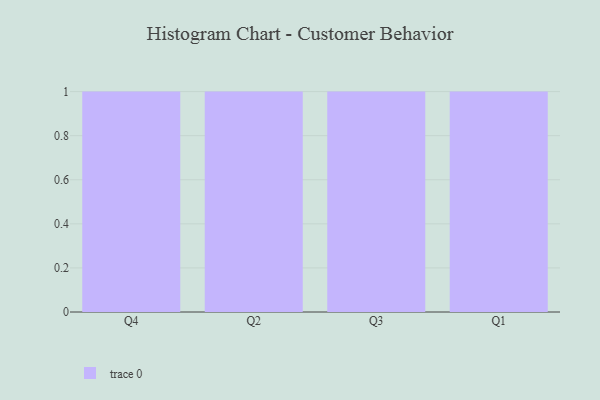
{"axis": {"x": "Quarter", "y": "Energy Usage (MWh)"}, "legend": [""], "data": [{"x": "Q4", "y": 29, "type": ""}, {"x": "Q2", "y": 67, "type": ""}, {"x": "Q3", "y": 3, "type": ""}, {"x": "Q1", "y": 51, "type": ""}]}